Regulations for the medical services of the Army of India
Year: 1930
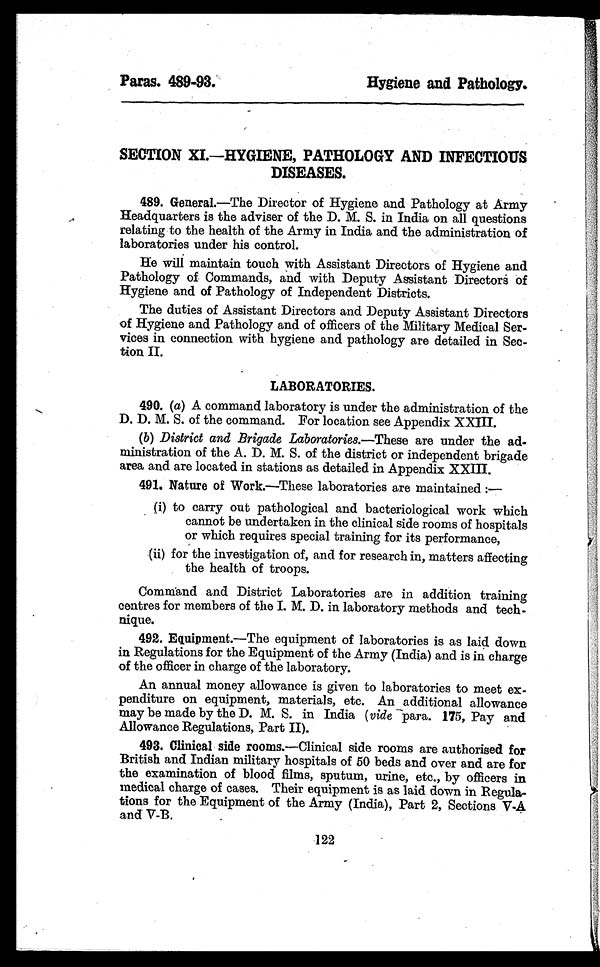
Paras. 489-93.
Hygiene and Pathology.
SECTION XI.—HYGIENE, PATHOLOGY AND INFECTIOUS
DISEASES.
489. General. —The Director of Hygiene and Pathology at Army
Headquarters is the adviser of the D. M. S. in India on all questions
relating to the health of the Army in India and the administration of
laboratories under his control.
He will maintain touch with Assistant Directors of Hygiene and
Pathology of Commands, and with Deputy Assistant Directors of
Hygiene and of Pathology of Independent Districts.
The duties of Assistant Directors and Deputy Assistant Directors
of Hygiene and Pathology and of officers of the Military Medical Ser-
vices in connection with hygiene and pathology are detailed in Sec-
tion II.
LABORATORIES.
490. (a) A command laboratory is under the administration of the
D. D. M. S. of the command. For location see Appendix XXIII.
( b) District and Brigade Laboratories.—These are under the ad-
ministration of the A. D. M. S. of the district or independent brigade
area and are located in stations as detailed in Appendix XXIII.
491. Nature of Work.—These laboratories are maintained:—
(i) to carry out pathological and bacteriological work which
cannot be undertaken in the clinical side rooms of hospitals
or which requires special training for its performance,
(ii) for the investigation of, and for research in, matters affecting
the health of troops.
Command and District Laboratories are in addition training
centres for members of the I. M. D. in laboratory methods and tech-
nique.
492. Equipment.—The equipment of laboratories is as laid down
in Regulations for the Equipment of the Army (India) and is in charge
of the officer in charge of the laboratory.
An annual money allowance is given to laboratories to meet ex-
penditure on equipment, materials, etc. An additional allowance
may be made by the D. M. S. in India ( vide para. 175, Pay and
Allowance Regulations, Part II).
493. Clinical side rooms. —Clinical side rooms are authorised for
British and Indian military hospitals of 50 beds and over and are for
the examination of blood films, sputum, urine, etc., by officers in
medical charge of cases. Their equipment is as laid down in Regula-
tions for the Equipment of the Army (India), Part 2, Sections V-A
and V-B.
122